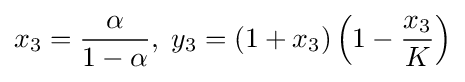
x_{3}={\frac {\alpha }{1-\alpha }},\;y_{3}=(1+x_{3})\left(1-{\frac {x_{3}}{K}}\right)